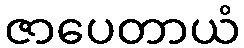
ဇာပေတာယံ